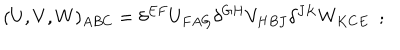
( U , V , W ) _ { A B C } = \delta ^ { E F } U _ { F A G } \delta ^ { G H } V _ { H B J } \delta ^ { J K } W _ { K C E } \ \ ;